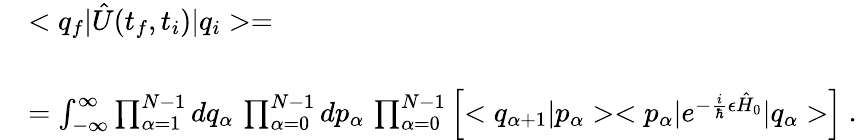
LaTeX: \begin{array}{rl}{{}}&{{<q_{f}|\hat{U}(t_{f},t_{i})|q_{i}>=}}\\ {{}}&{{}}\\ {{}}&{{=\int_{-\infty}^{\infty}\prod_{\alpha=1}^{N-1}dq_{\alpha}\, \prod_{\alpha=0}^{N-1}dp_{\alpha}\, \prod_{\alpha=0}^{N-1}\left[<q_{\alpha+1}|p_{\alpha}><p_{\alpha}|e^{-\frac{i}{\hbar}\epsilon\hat{H}_{0}}|q_{\alpha}>\right]\ .}}\end{array}